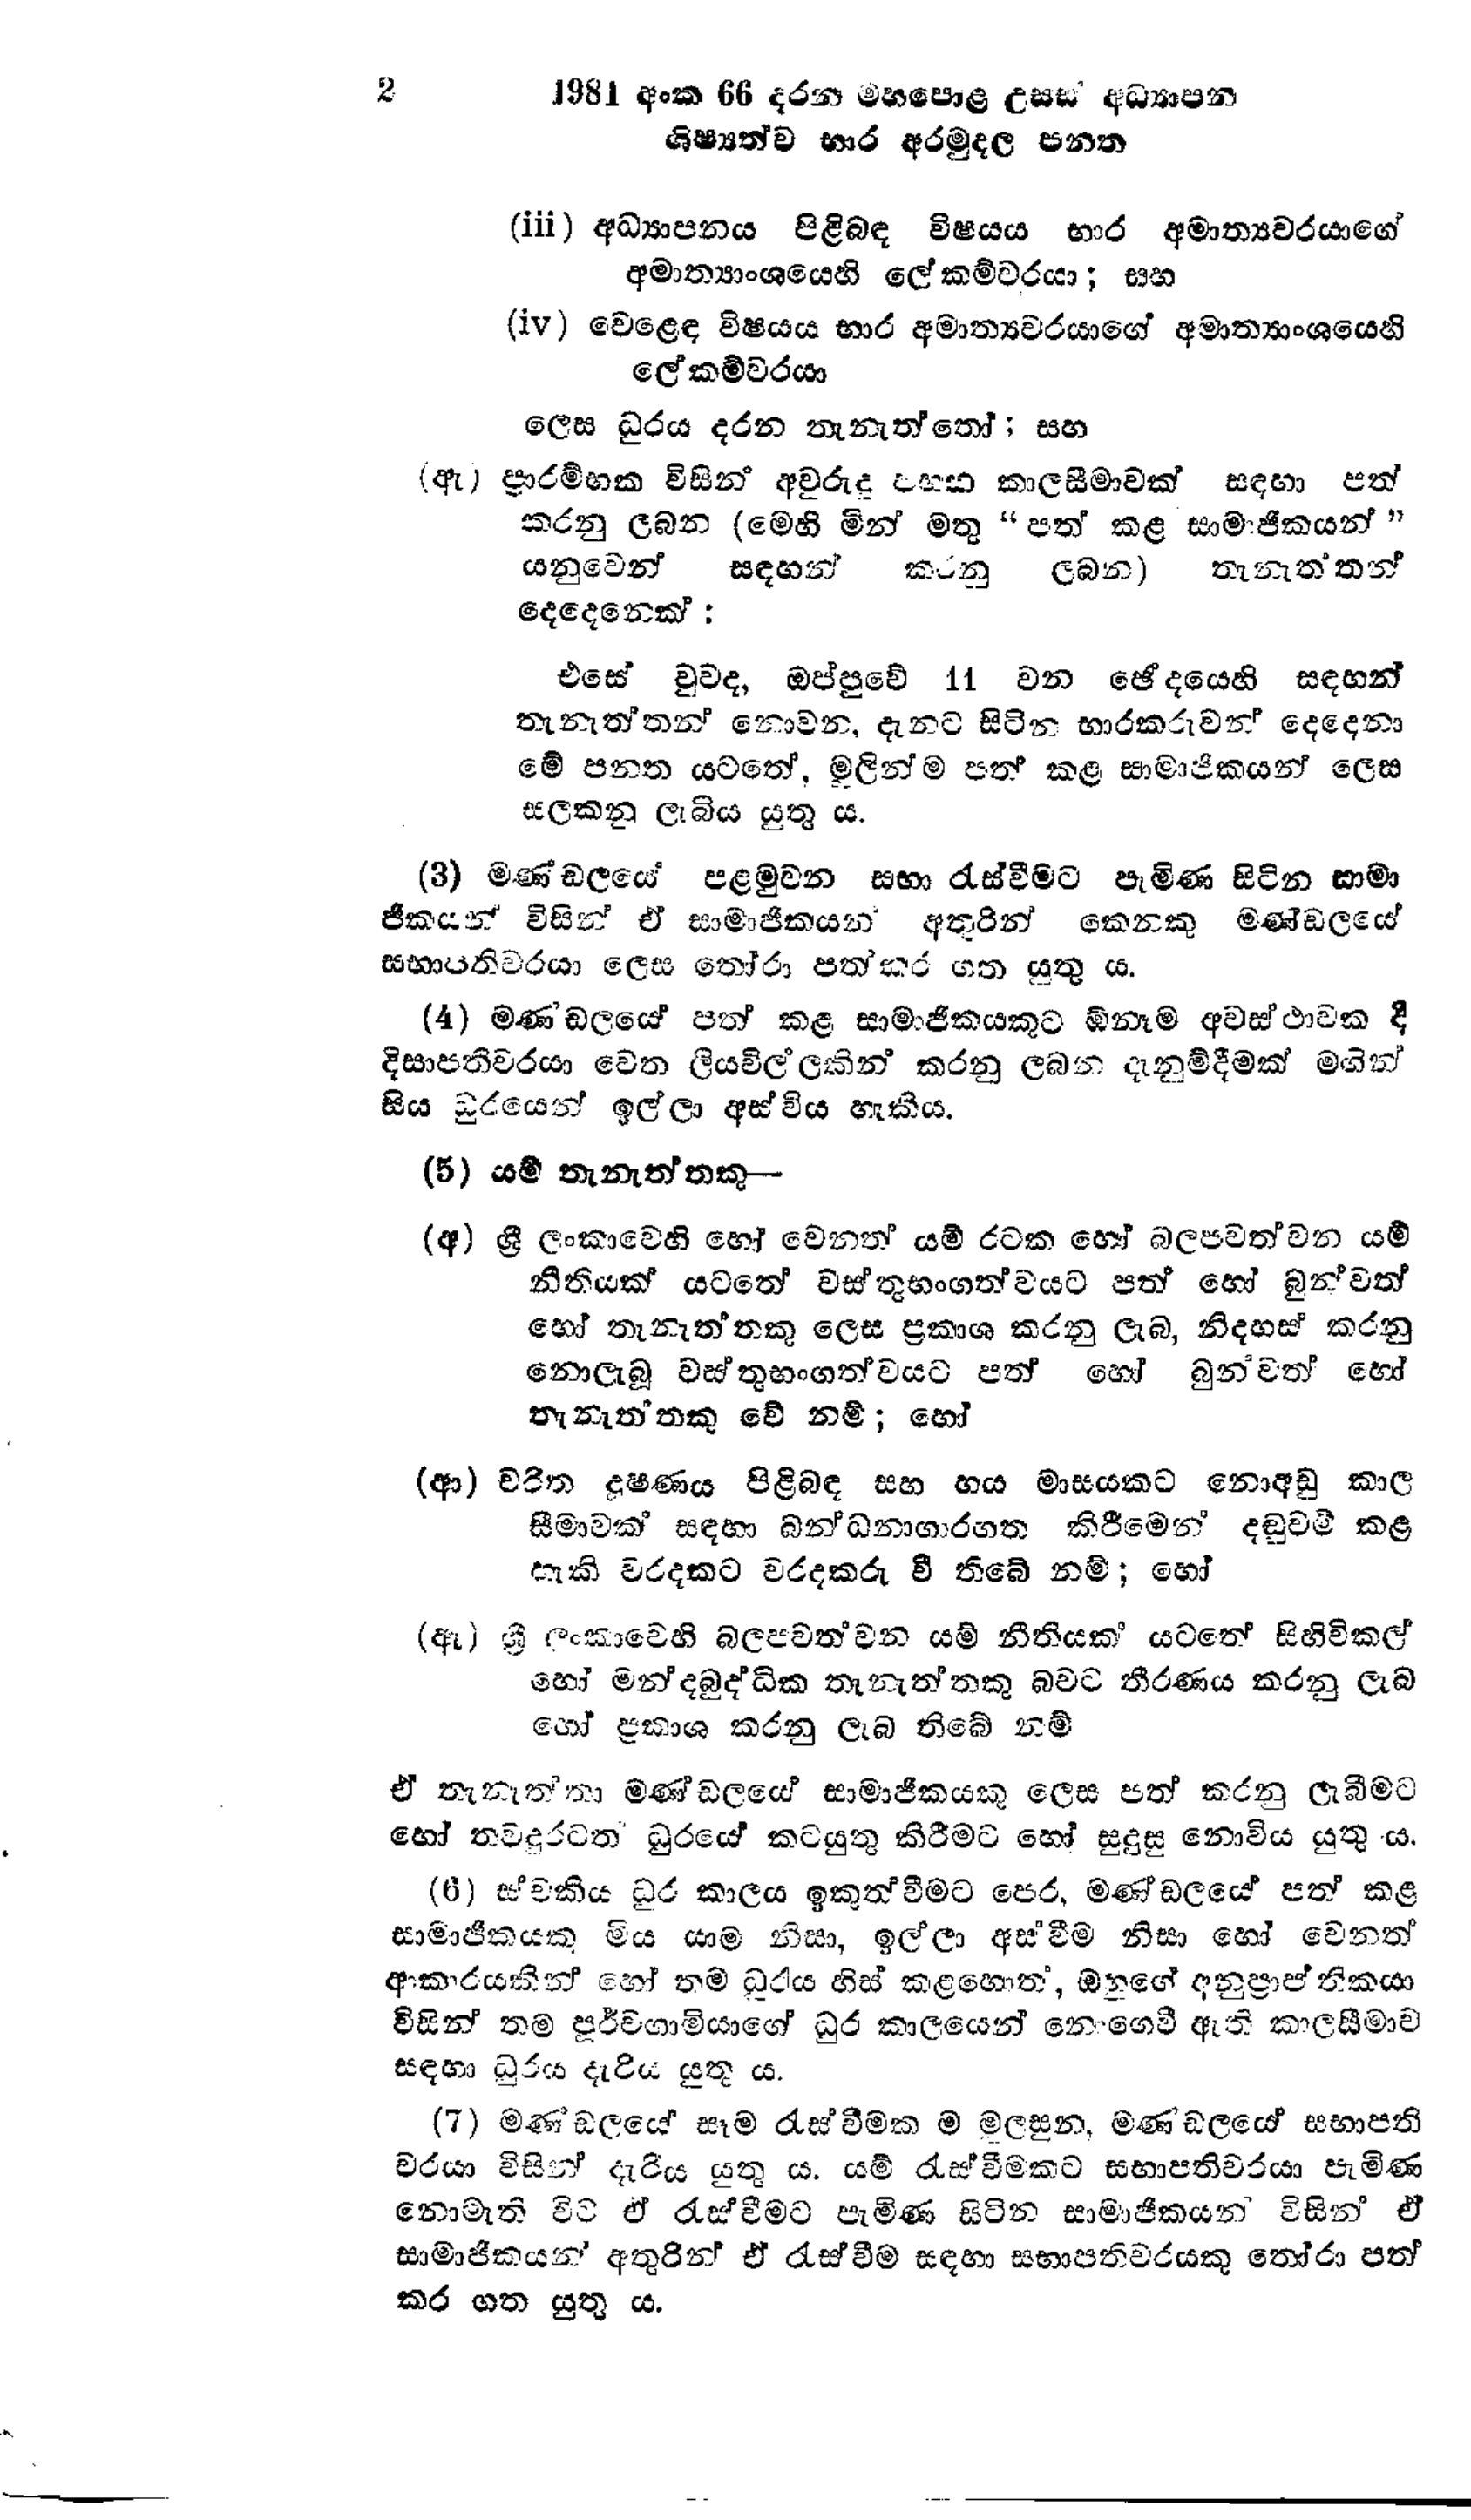
2   1981 අංක 66 දරන මහපොළ උසස් අධ්‍යාපන
ශිෂ්‍යත්ව භාර අරමුදල පනත

(iii) අධ්‍යාපනය පිළිබඳ විෂයය භාර අමාත්‍යවරයාගේ
අමාත්‍යාංශයෙහි ලේකම්වරයා; සහ

(iv) වෙළෙඳ විෂයය භාර අමාත්‍යවරයාගේ අමාත්‍යාංශයෙහි
ලේකම්වරයා

ලෙස ධුරය දරන තැනැත්තෝ; සහ

(ඇ) ප්‍රාරම්භක විසින් අවුරුදු පහක කාලසීමාවක් සඳහා පත්
කරනු ලබන (මෙහි මින් මතු "පත් කළ සාමාජිකයන් "
යනුවෙන් සඳහන් කවනු ලබන) තැනැත්තන්
දෙදෙනෙක්:

එසේ වුව ද, ඔප්පුවේ 11 වන ඡේදයෙහි සඳහන්
තැනැත්තන නොවන, දැනට සිටින භාරකරුවන් දෙදෙනා
මේ පනත යටතේ, මුලින්ම පත් කළ සාමාජිකයන් ලෙස
සලකනු ලැබිය යුතු ය.

(3) මණ්ඩලයේ පළමුවන සභා රැස්වීමට පැමිණ සිටින සාමා
ජිකයන් විසින් ඒ සාමාජිකයන් අතුරින් කෙනෙකු මණ්ඩලයේ
සභාපතිවරයා ලෙස තෝරා පත්කර ගත යුතු ය.

(4) මණඩලයේ පත් කළ සාමාජිකයකුට ඕනෑම අවස්ථාවක දී
දිසාපතිවරයා වෙත ලියවිල්ලකින් කරනු ලබන දැනුම්දීමක් මගින්
සිය ධුරයෙන් ඉල්ලා අස් විය හැකිය.

(5) යම් තැනැත්තකු-

(අ) ශ්‍රී ලංකාවෙහි හෝ වෙනත් යම් රටක හෝ බලපවත්වන යම්
නීතියක් යටතේ වස්තුභංගත්වයට පත් හෝ බුන්වත්
හෝ තැනැත්තකු ලෙස ප්‍රකාශ කරනු ලැබ, නිදහස් කරනු
නොලැබූ වස්තුභංගත්වයට පත් හෝ බුන්වත් හෝ
තැනැත්තකු වේ නම්; හෝ

(ආ) චරිත දූෂණය පිළිබඳ සහ හය මාසයකට නොඅඩු කාල
සීමාවක් සඳහා බන්ධනාගාරගත කිරීමෙන් දඬුවම් කළ
හැකි වරදකට වරදකරු වී තිබේ නම්; හෝ

(ඇ) ශ්‍රී ලංකාවෙහි බලපවත්වන යම් නීතියක් යටතේ සිහිවිකල්
හෝ මන්ද බුද්ධික තැනැත්තකු බවට තීරණය කරනු ලැබ
හෝ ප්‍රකාශ කරනු ලැබ තිබේ නම්

ඒ තැනැත්තා මණ්ඩලයේ සාමාජිකයකු ලෙස පත් කරනු ලැබීමට
හෝ තවදුරටත් ධුරයේ කටයුතු කිරිමට හෝ සුදුසු නොවිය යුතුය.

(6) ස්වකීය ධුර කාලය ඉකුත්වීමට පෙර, මණ්ඩලයේ පත් කළ
සාමාජිකයකු මිය යාම නිසා, ඉල්ලා අස් වීම නිසා හෝ වෙනත්
ආකාරයකින් හෝ තම ධූරය හිස් කළහොත්, ඔහුගේ අනුප්‍රාප්තිකයා
විසින් තම පූර්වගාමියාගේ ධුර කාලයෙන් නොගෙවී ඇති කාලසීමාව
සඳහා ධුරය දැරිය යුතු ය.

(7) මණණ්ඩලයේ සෑම රැස්වීමක ම මුලසුන, මණ්ඩලයේ සභාපති
වරයා විසින් දැරිය යුතු ය. යම් රැස්වීමකට සභාපතිවරයා පැමිණ
නොමැති විට ඒ රැස්වීමට පැමිණ සිටින සාමාජිකයන් විසින් ඒ
සාමාජිකයන් අතුරින් ඒ රැස්වීම සඳහා සභාපතිවරයකු තෝරා පත්
කර ගත යුතු ය.